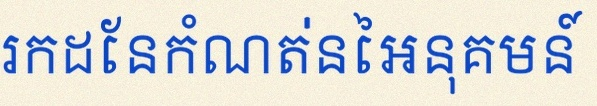
រកដែនកំណត់នៃអនុគមន៍